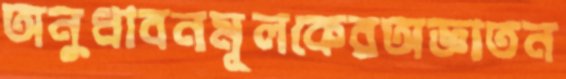
অনুধাবনমূলকেরঅজ্ঞাতন